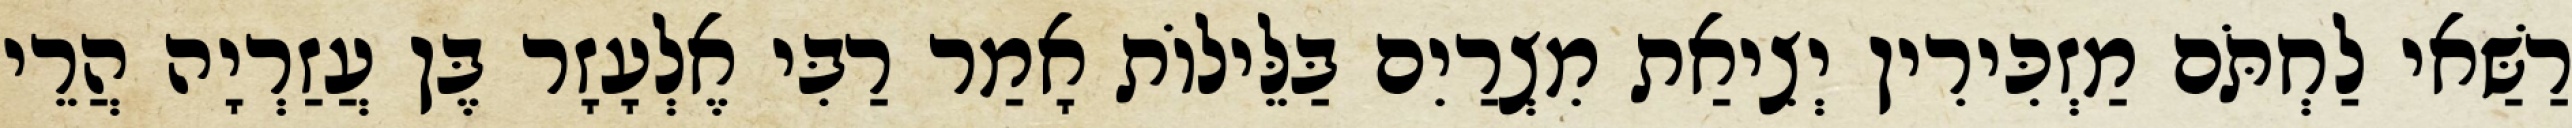
רַשַּׁאי לַחְתֹּם מַזְכִּירִין יְצִיאַת מִצְרַיִם בַּלֵּילוֹת אָמַר רַבִּי אֶלְעָזָר בֶּן עֲזַרְיָה הֲרֵי